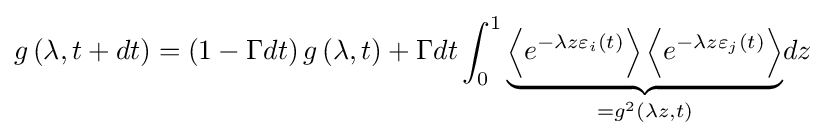
g\left(\lambda ,t+dt\right)=\left(1-\Gamma dt\right)g\left(\lambda ,t\right)+\Gamma dt\int _{0}^{1}{\underset {=g^{2}(\lambda z,t)}{\underbrace {\left\langle e^{-\lambda z\varepsilon _{i}(t)}\right\rangle \left\langle e^{-\lambda z\varepsilon _{j}(t)}\right\rangle } }}dz